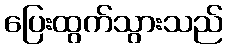
ပြေးထွက်သွားသည်